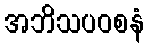
အဘိသပဝစနံ